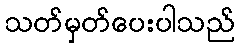
သတ်မှတ်ပေးပါသည်